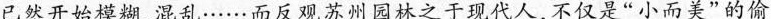
已然开始模糊、混乱……而皮观苏州园林之于现代人,不仅是“小而美”的偷